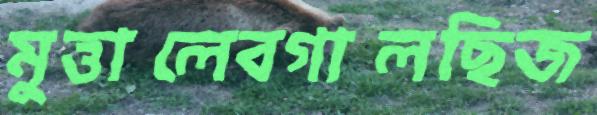
মুত্তালেবগালছিজ